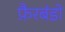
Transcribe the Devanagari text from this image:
फ़ैरबंडो